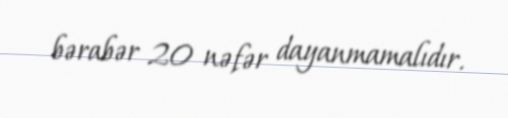
bərabər 20 nəfər dayanmamalıdır.